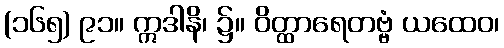
(၁၆၅) ၉၁။ ဣဒါနိ၊ ၌။ ဝိတ္ထာရေတဗ္ဗံ ယထေဝ၊